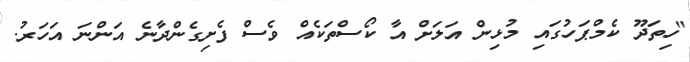
"ހިތަދޫ ކެމްޕަހުގައި މުޅިން އަލަށް އާ ކޯސްތަކެއް ވެސް ފެށިގެންދާނެ އަންނަ އަހަރު.